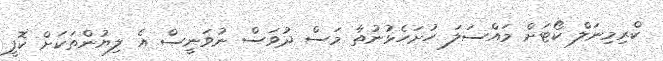
ކްރިމިނަލް ކޯޓަށް މައްސަލަ ހުށަހެޅުނުތާ މަސް ދުވަސް ނުވަނީސް އެ ލިޔުންތަކަށް ކޮފީ